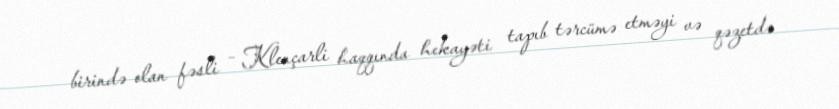
birində olan fəsli – Klençarli haqqında hekayəti tapıb tərcümə etməyi və qəzetdə